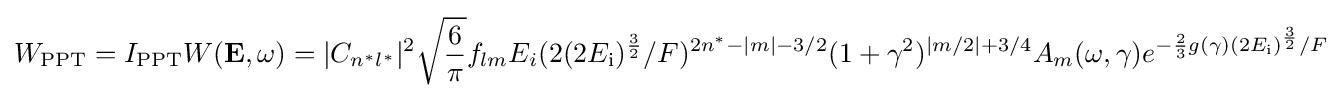
W_{\text{PPT}}=I_{\text{PPT}}W(\mathbf {E} ,\omega )=|C_{n^{*}l^{*}}|^{2}{\sqrt {\frac {6}{\pi }}}f_{lm}E_{i}(2(2E_{\text{i}})^{\frac {3}{2}}/F)^{2n^{*}-|m|-3/2}(1+\gamma ^{2})^{|m/2|+3/4}A_{m}(\omega ,\gamma )e^{-{\frac {2}{3}}g(\gamma )(2E_{\text{i}})^{\frac {3}{2}}/F}